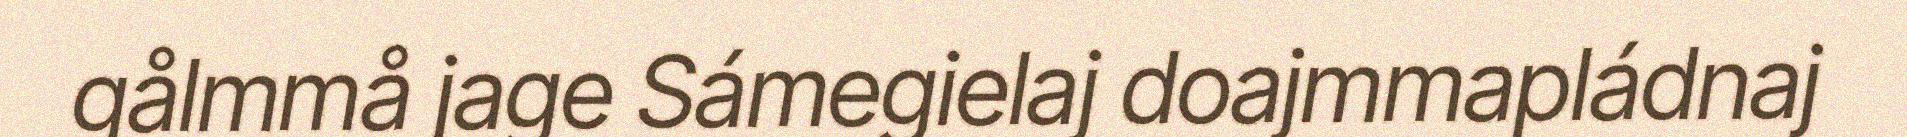
gålmmå jage Sámegielaj doajmmapládnaj